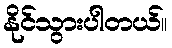
နိုင်သွားပါတယ်။